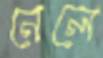
নেলে